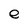
Character: e